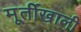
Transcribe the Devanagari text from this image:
मूर्तीखाली